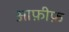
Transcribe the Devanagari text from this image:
आफ़ीफ़